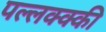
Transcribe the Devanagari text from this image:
पल्लक्क्की